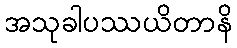
အသုခါပဿယိတာနိ